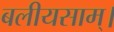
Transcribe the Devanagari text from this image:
बलीयसाम्।